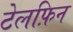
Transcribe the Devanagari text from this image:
टेलफ़िन